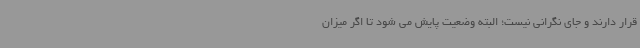
قرار دارند و جای نگرانی نیست؛ البته وضعیت پایش می شود تا اگر میزان